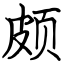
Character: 颇